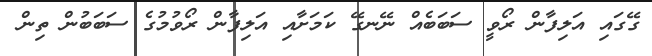
ގޭގައި އަލިފާން ރޯވީ ސަބަބެއް ނޭނގޭ ކަމަށާއި އަލިފާން ރޯވުމުގެ ސަބަބުން ތިން